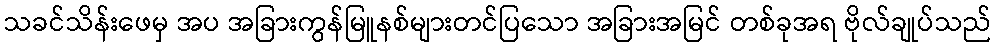
သခင်သိန်းဖေမှ အပ အခြားကွန်မြူနစ်များတင်ပြသော အခြားအမြင် တစ်ခုအရ ဗိုလ်ချုပ်သည်